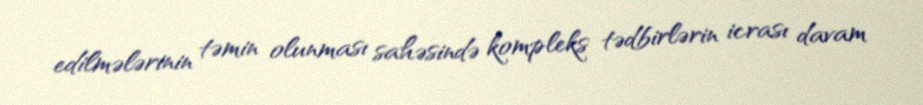
edilmələrinin təmin olunması sahəsində kompleks tədbirlərin icrası davam